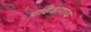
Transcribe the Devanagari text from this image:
प्रशिक्षणाय